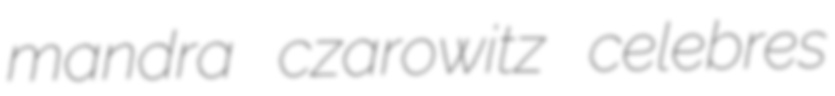
mandra czarowitz celebres